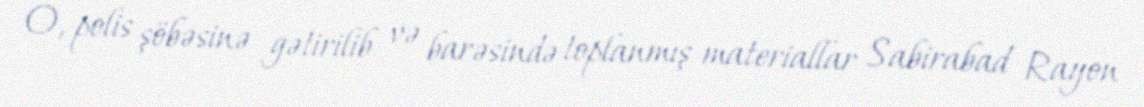
O, polis şöbəsinə gətirilib və barəsində toplanmış materiallar Sabirabad Rayon